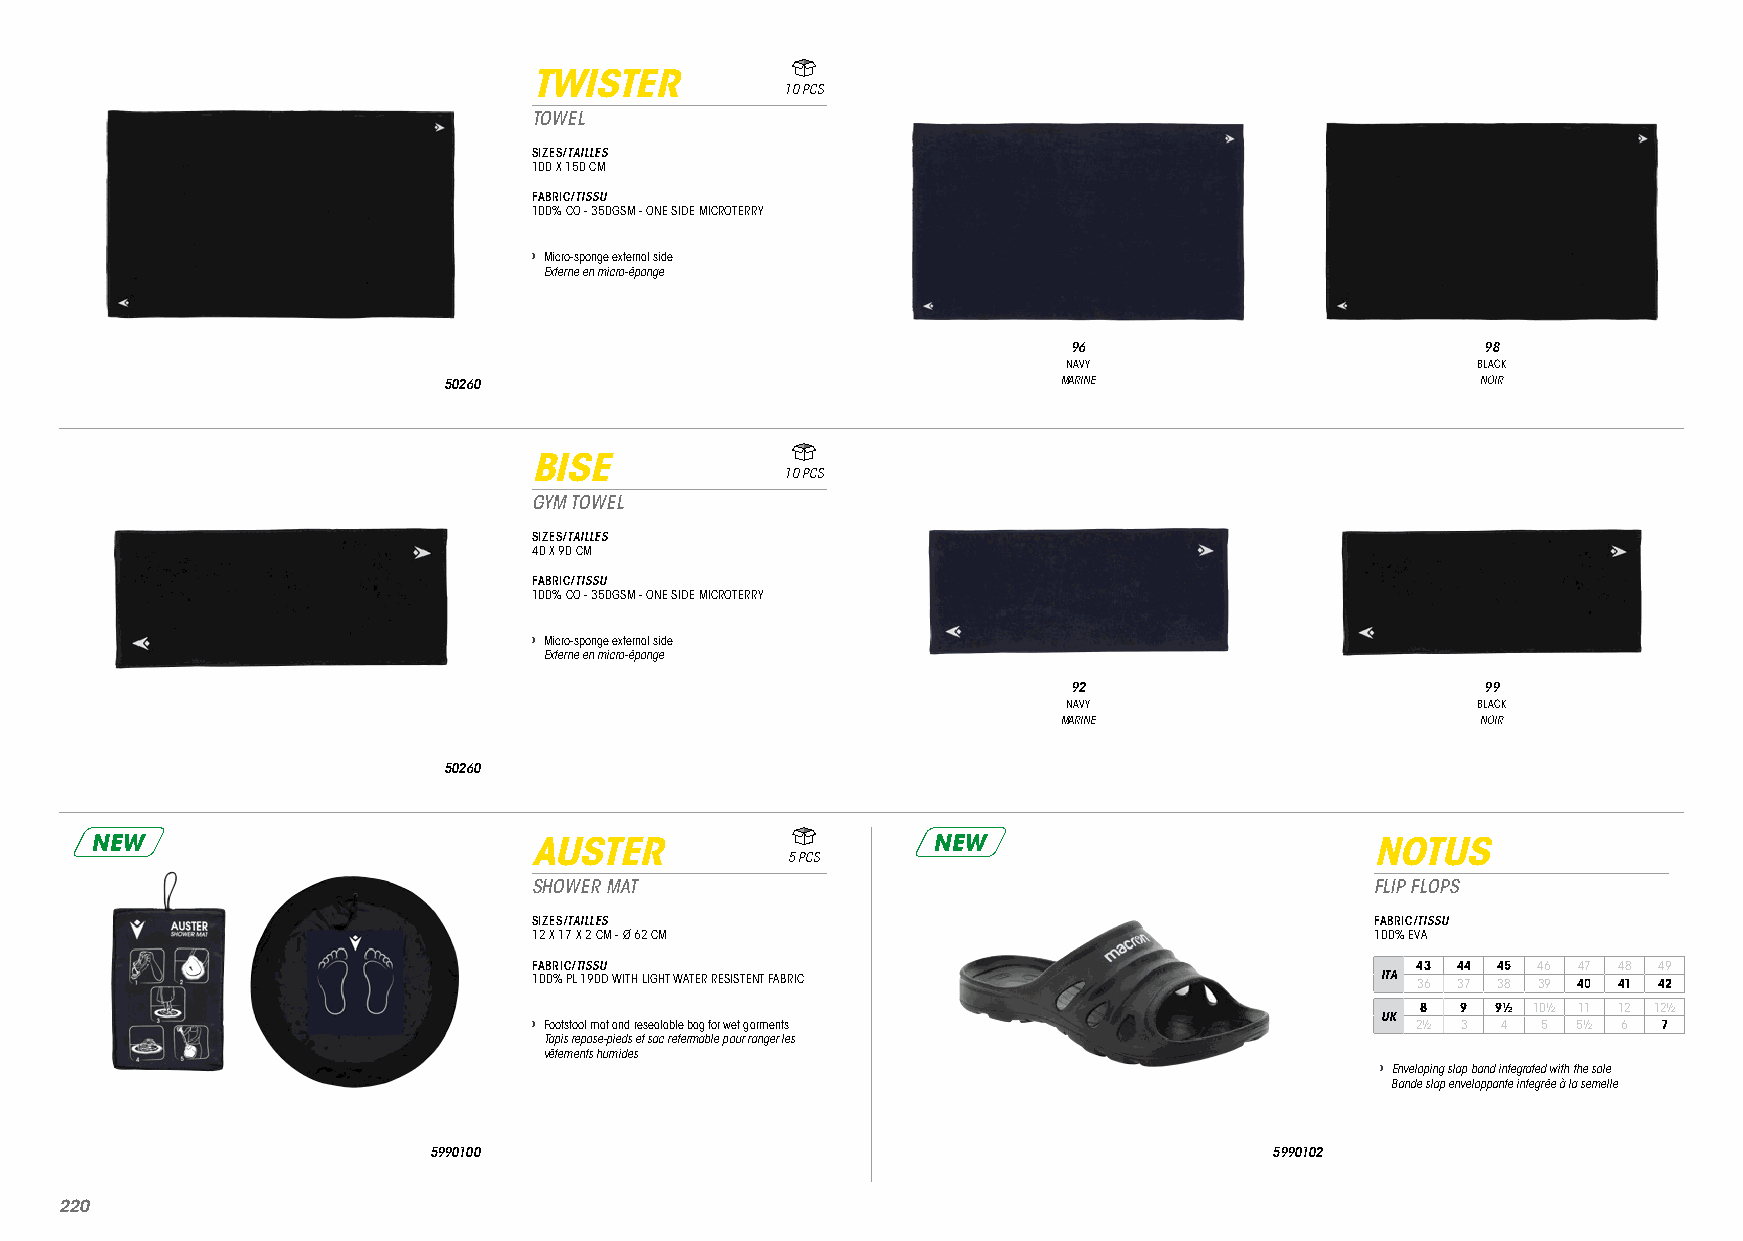
TWISTER
 10 PCS
 TOWEL
 SIZES/TAILLES
 100 X 150 CM
 FABRIC/TISSU
 100% CO - 350GSM - ONE SIDE MICROTERRY
 › Micro-sponge external side
 Externe en micro-éponge
 96                         98
 NAVY                       BLACK
 50260                                    MARINE                      NOIR
 BISE
 10 PCS
 GYM TOWEL
 SIZES/TAILLES
 40 X 90 CM
 FABRIC/TISSU
 100% CO - 350GSM - ONE SIDE MICROTERRY
 › Micro-sponge external side
 Externe en micro-éponge
 92                         99
 NAVY                       BLACK
 MARINE                      NOIR
 50260
 NEW                          AUSTER                     NEW                          NOTUS
 5 PCS
 SHOWER MAT                                              FLIP FLOPS
 SIZES/TAILLES                                           FABRIC/TISSU
 12 X 17 X 2 CM - Ø 62 CM                                100% EVA
 FABRIC/TISSU                                               43 44 45 46 47 48 49
 100% PL 190D WITH LIGHT WATER RESISTENT FABRIC          ITA 36 37 38 39 40 41 42
 8  9 9½ 10½ 11 12 12½
 › Footstool mat and resealable bag for wet garments     UK 2½ 3 4  5 5½ 6  7
 Tapis repose-pieds et sac refermable pour ranger les
 vêtements humides
 › Enveloping slap band integrated with the sole
 Bande slap enveloppante integrée à la semelle
 5990100                                                 5990102
 222200